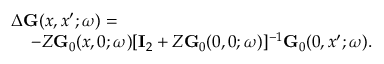
\begin{array} { r } { \Delta \ensuremath { \mathbf { G } } ( x , x ^ { \prime } ; \omega ) = \phantom { x x x x x x x x x x x x x x x x x x x x x x x x x x x x x } } \\ { - Z \ensuremath { \mathbf { G } } _ { 0 } ( x , 0 ; \omega ) [ \ensuremath { \mathbf { I } } _ { 2 } + Z \ensuremath { \mathbf { G } } _ { 0 } ( 0 , 0 ; \omega ) ] ^ { - 1 } \ensuremath { \mathbf { G } } _ { 0 } ( 0 , x ^ { \prime } ; \omega ) . } \end{array}